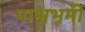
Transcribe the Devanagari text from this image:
पाश्वभूमी